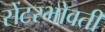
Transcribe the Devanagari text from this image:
सेंटरभोवती